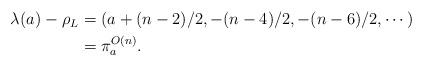
LaTeX: \begin{align*}\begin{aligned} \lambda(a_{}) -\rho_L &= (a+(n-2)/2,-(n-4)/2,-(n-6)/2,\cdots)\\ &= \pi_a^{O(n)}.\end{aligned}\end{align*}